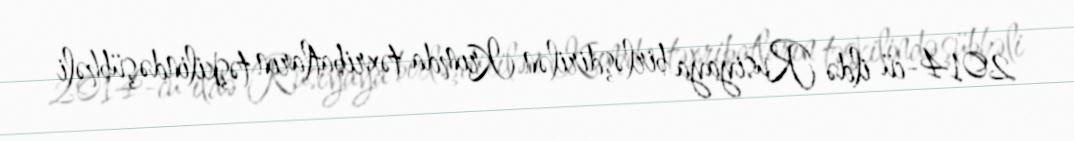
2014-cü ildə Rusiyaya birləşdirilən Krımda təxribatların təşkilində şübhəli